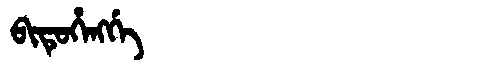
Manchu: ᠪᡳᡨᡠᡥᡝᠩᡤᡝ
Romanization: BITUHENGGE